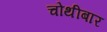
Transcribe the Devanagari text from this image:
चोथीबार